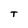
Character: T